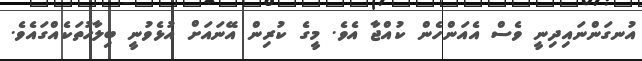
އުނގަންނައިދިނީ ވެސް އެއަންހެން ކުއްޖާ އެވެ. މީގެ ކުރިން އޭނައަށް އުޅެވުނީ ބިލާހުތަކެއްގައެވެ.